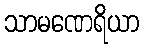
သာမဏေရိယာ